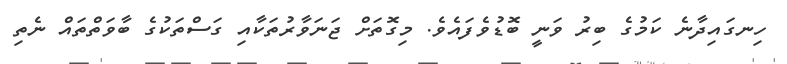
ހިނގައިދާނެ ކަމުގެ ބިރު ވަނީ ބޮޑުވެފައެވެ. މިގޮތަށް ޖަނަވާރުތަކާއި ގަސްތަކުގެ ބާވަތްތައް ނެތި